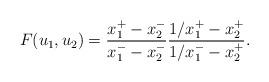
LaTeX: \begin{align*}F(u_1,u_2)=\frac{x_1^+ - x_2^-}{x_1^- - x_2^-}\frac{1/x_1^+ - x_2^+}{1/x_1^- - x_2^+}.\end{align*}